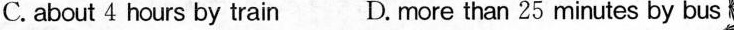
C.about 4 hours by train D.more than 25 minutes by bus